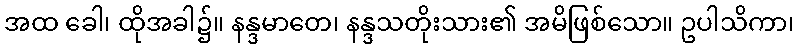
အထ ခေါ၊ ထိုအခါ၌။ နန္ဒမာတေ၊ နန္ဒသတိုးသား၏ အမိဖြစ်သော။ ဥပါသိကာ၊